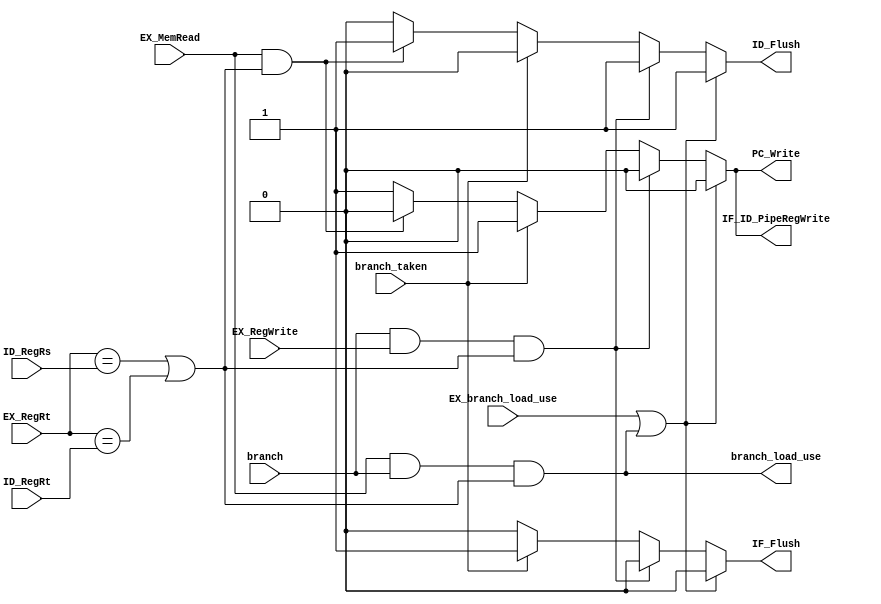
module Hazard_detection_unit(
    EX_MemRead,
    EX_RegRt,
    EX_RegWrite,
    EX_branch_load_use,
    ID_RegRs,
    ID_RegRt,
    branch,
    branch_taken,
    IF_Flush,
    IF_ID_PipeRegWrite,
    ID_Flush,
    PC_Write,
    branch_load_use
  );
  input EX_MemRead;
  input EX_RegWrite;
  input [5-1:0] EX_RegRt;
  input [5-1:0] ID_RegRs;
  input [5-1:0] ID_RegRt;
  input branch_taken;
  input branch;
  input EX_branch_load_use;

  output IF_Flush;
  output ID_Flush;
  output PC_Write;
  output IF_ID_PipeRegWrite;
  output branch_load_use;

  reg IF_Flush;
  reg ID_Flush;
  reg PC_Write; //  IF stage  stall
  reg IF_ID_PipeRegWrite; //  ID stage  stall


  wire load_use;
  wire branch_data_hazard;
  wire branch_load_use;

  assign load_use = EX_MemRead & ((EX_RegRt==ID_RegRs) | (EX_RegRt==ID_RegRt));
  assign branch_data_hazard = branch & EX_RegWrite & (EX_RegRt==ID_RegRs | EX_RegRt==ID_RegRt) ;
  assign branch_load_use = EX_MemRead & branch & ((EX_RegRt==ID_RegRs) | (EX_RegRt==ID_RegRt));


  always @(*)
  begin
    if(EX_branch_load_use | branch_load_use)
    begin
      IF_Flush <= 1'b0;
      ID_Flush <= 1'b1;
      IF_ID_PipeRegWrite <= 1'b0;
      PC_Write <= 1'b0;
    end
    else if(branch_data_hazard)
    begin
      IF_Flush <= 1'b0;
      ID_Flush <= 1'b1;
      IF_ID_PipeRegWrite <= 1'b0;
      PC_Write <= 1'b0;
    end
    else if(branch_taken)
    begin
      IF_Flush <=1'b1;
      ID_Flush <=1'b0;
      IF_ID_PipeRegWrite <= 1'b1;
      PC_Write <= 1'b1;
    end
    else if(load_use)
    begin
      IF_Flush <=1'b0;
      ID_Flush <= 1'b1;
      PC_Write <= 1'b0;
      IF_ID_PipeRegWrite <= 1'b0;
    end
    else
    begin
      IF_Flush <= 1'b0;
      ID_Flush <= 1'b0;
      PC_Write <= 1'b1;
      IF_ID_PipeRegWrite <= 1'b1;
    end
  end
endmodule